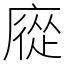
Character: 㢔